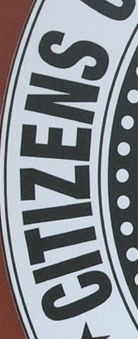
CITIZENS